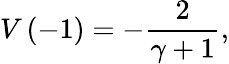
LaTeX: V\left(-1\right)=-\frac{2}{\gamma+1},